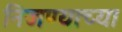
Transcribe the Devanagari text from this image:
निजण्याच्या